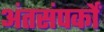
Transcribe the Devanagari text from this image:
अंतसंपर्कों